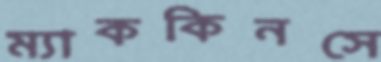
ম্যাককিনসে